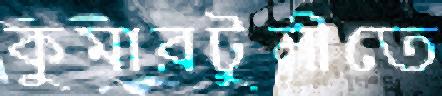
কুমারটুলীতে